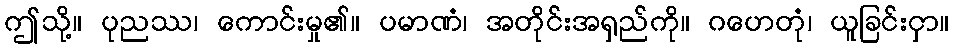
ဤသို့။ ပုညဿ၊ ကောင်းမှု၏။ ပမာဏံ၊ အတိုင်းအရှည်ကို။ ဂဟေတုံ၊ ယူခြင်းငှာ။